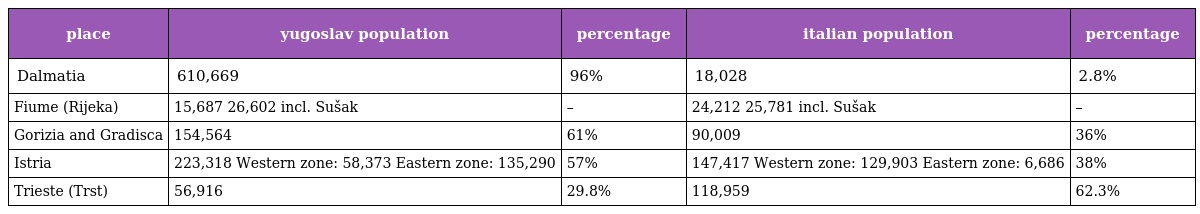
| place | yugoslav population | percentage | italian population | percentage |
 | --- | --- | --- | --- | --- |
 | Dalmatia | 610,669 | 96% | 18,028 | 2.8% |
 | Fiume (Rijeka) | 15,687 26,602 incl. Sušak | – | 24,212 25,781 incl. Sušak | – |
 | Gorizia and Gradisca | 154,564 | 61% | 90,009 | 36% |
 | Istria | 223,318 Western zone: 58,373 Eastern zone: 135,290 | 57% | 147,417 Western zone: 129,903 Eastern zone: 6,686 | 38% |
 | Trieste (Trst) | 56,916 | 29.8% | 118,959 | 62.3% |